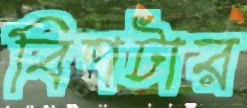
বিশটার